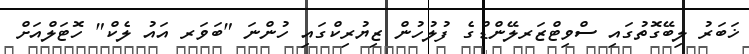
ޚަބަރު ލިބޭގޮތުގައި ސްވިޓްޒަރލޭންޑްގެ ފުލުހުން ޒިޔުރިކްގައި ހުންނަ "ބަވަރ އައު ލެކް" ހޮޓަލްއަށް